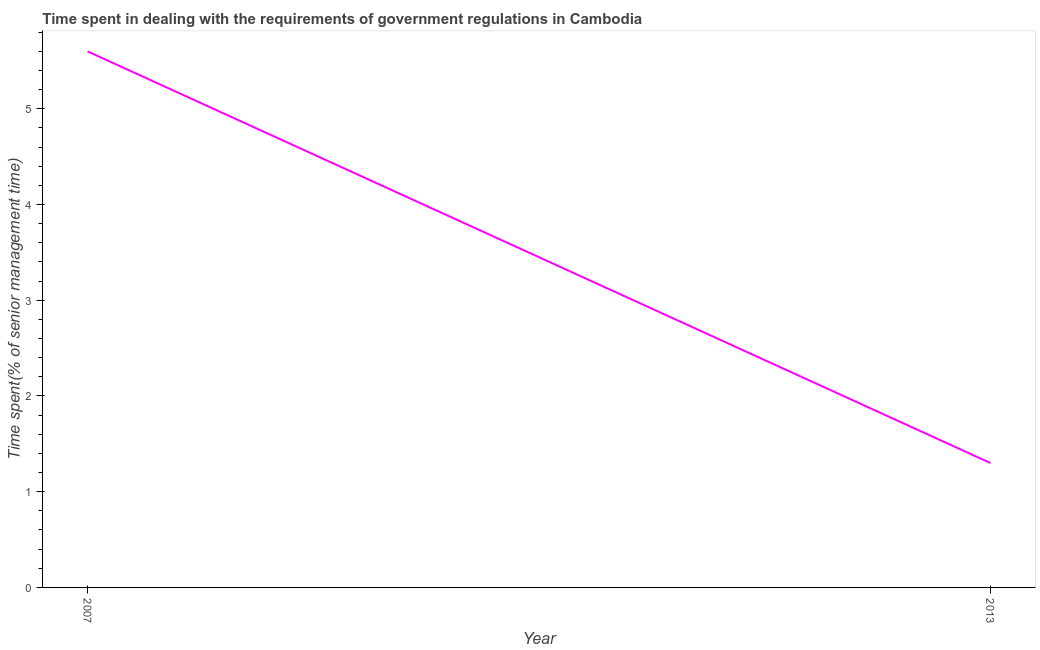
| Year | Government regulations |
 | --- | --- |
 | 2007 | 5.6 |
 | 2013 | 1.3 |